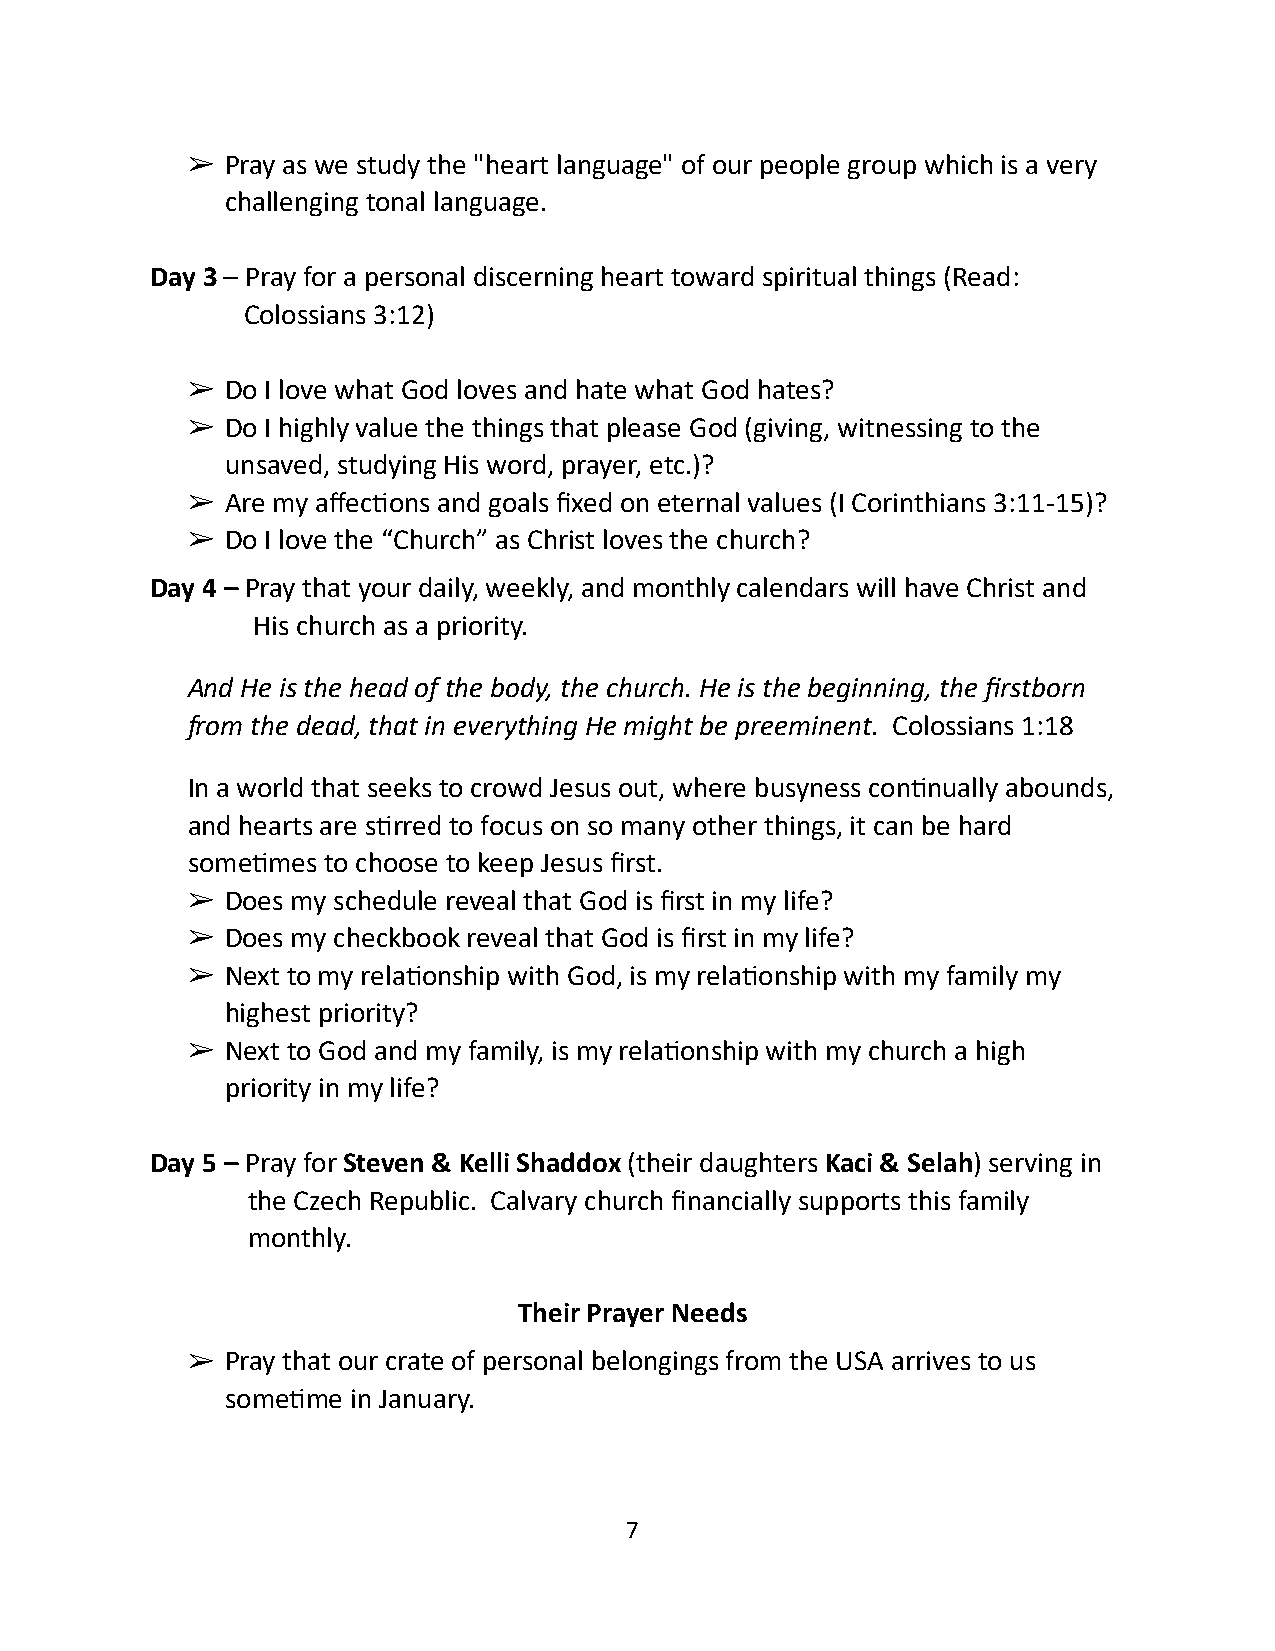
➢  Pray as we study the "heart language" of our people group which is a very
 challenging tonal language.
 Day 3 – Pray for a personal discerning heart toward spiritual things (Read:
 Colossians 3:12)
 ➢  Do I love what God loves and hate what God hates?
 ➢  Do I highly value the things that please God (giving, witnessing to the
 unsaved, studying His word, prayer, etc.)?
 ➢  Are my affec1ons and goals fixed on eternal values (I Corinthians 3:11-15)?
 ➢  Do I love the “Church” as Christ loves the church?
 Day 4 – Pray that your daily, weekly, and monthly calendars will have Christ and
 His church as a priority.
 And He is the head of the body, the church. He is the beginning, the firstborn
 from the dead, that in everything He might be preeminent. Colossians 1:18
 In a world that seeks to crowd Jesus out, where busyness con1nually abounds,
 and hearts are s1rred to focus on so many other things, it can be hard
 some1mes to choose to keep Jesus first.
 ➢  Does my schedule reveal that God is first in my life?
 ➢  Does my checkbook reveal that God is first in my life?
 ➢  Next to my rela1onship with God, is my rela1onship with my family my
 highest priority?
 ➢  Next to God and my family, is my rela1onship with my church a high
 priority in my life?
 Day 5 – Pray for Steven & Kelli Shaddox (their daughters Kaci & Selah) serving in
 the Czech Republic. Calvary church financially supports this family
 monthly.
 Their Prayer Needs
 ➢  Pray that our crate of personal belongings from the USA arrives to us
 some1me in January.
 7